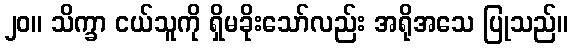
၂၀။ သိက္ခာ ငယ်သူကို ရှိမခိုးသော်လည်း အရိုအသေ ပြုသည်။